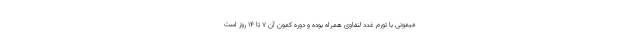
میمونی با تورم غدد لنفاوی همراه بوده و دوره کمون آن ۷ تا ۱۴ روز است